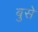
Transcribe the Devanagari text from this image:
बुसे